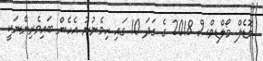
މޮޑެލް މޯލްޑިވްސް 2018 ގެ ގަދަ 10 ގައި ހިމެނުނު އެހެން ބައިވެރިންނަކީ